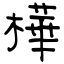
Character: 樺